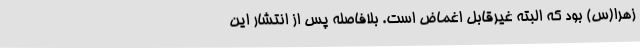
زهرا(س) بود که البته غیرقابل اغماض است. بلافاصله پس از انتشار این